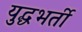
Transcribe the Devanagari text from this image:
युद्धभर्ती